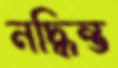
নদ্ধিন্ত